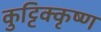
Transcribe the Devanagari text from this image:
कुट्टिक्कृष्ण